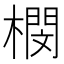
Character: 𣚾